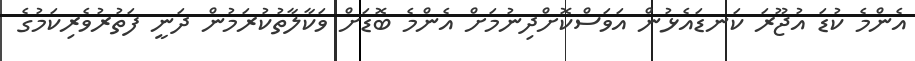
އެންމެ ކުޑަ އުޖޫރަ ކަނޑައެޅުން އަވަސްކޮށްދިނުމަށް އެންމެ ބޮޑަށް ވަކާލާތުކުރަމުން ދަނީ ފަތުރުވެެރިކަމުގެ